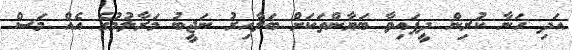
އަދި ހަނާ ކުރިން ދީފައިވާ ބަޔާންތަކަށް ބަލާއިރު ނަޖީބު މަރާލުމުގެ އެއް މަސް